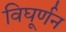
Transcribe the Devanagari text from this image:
विघूर्णन